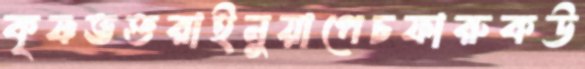
কৃষ্ণভক্তরাইনুয়াপেচফারুকউ